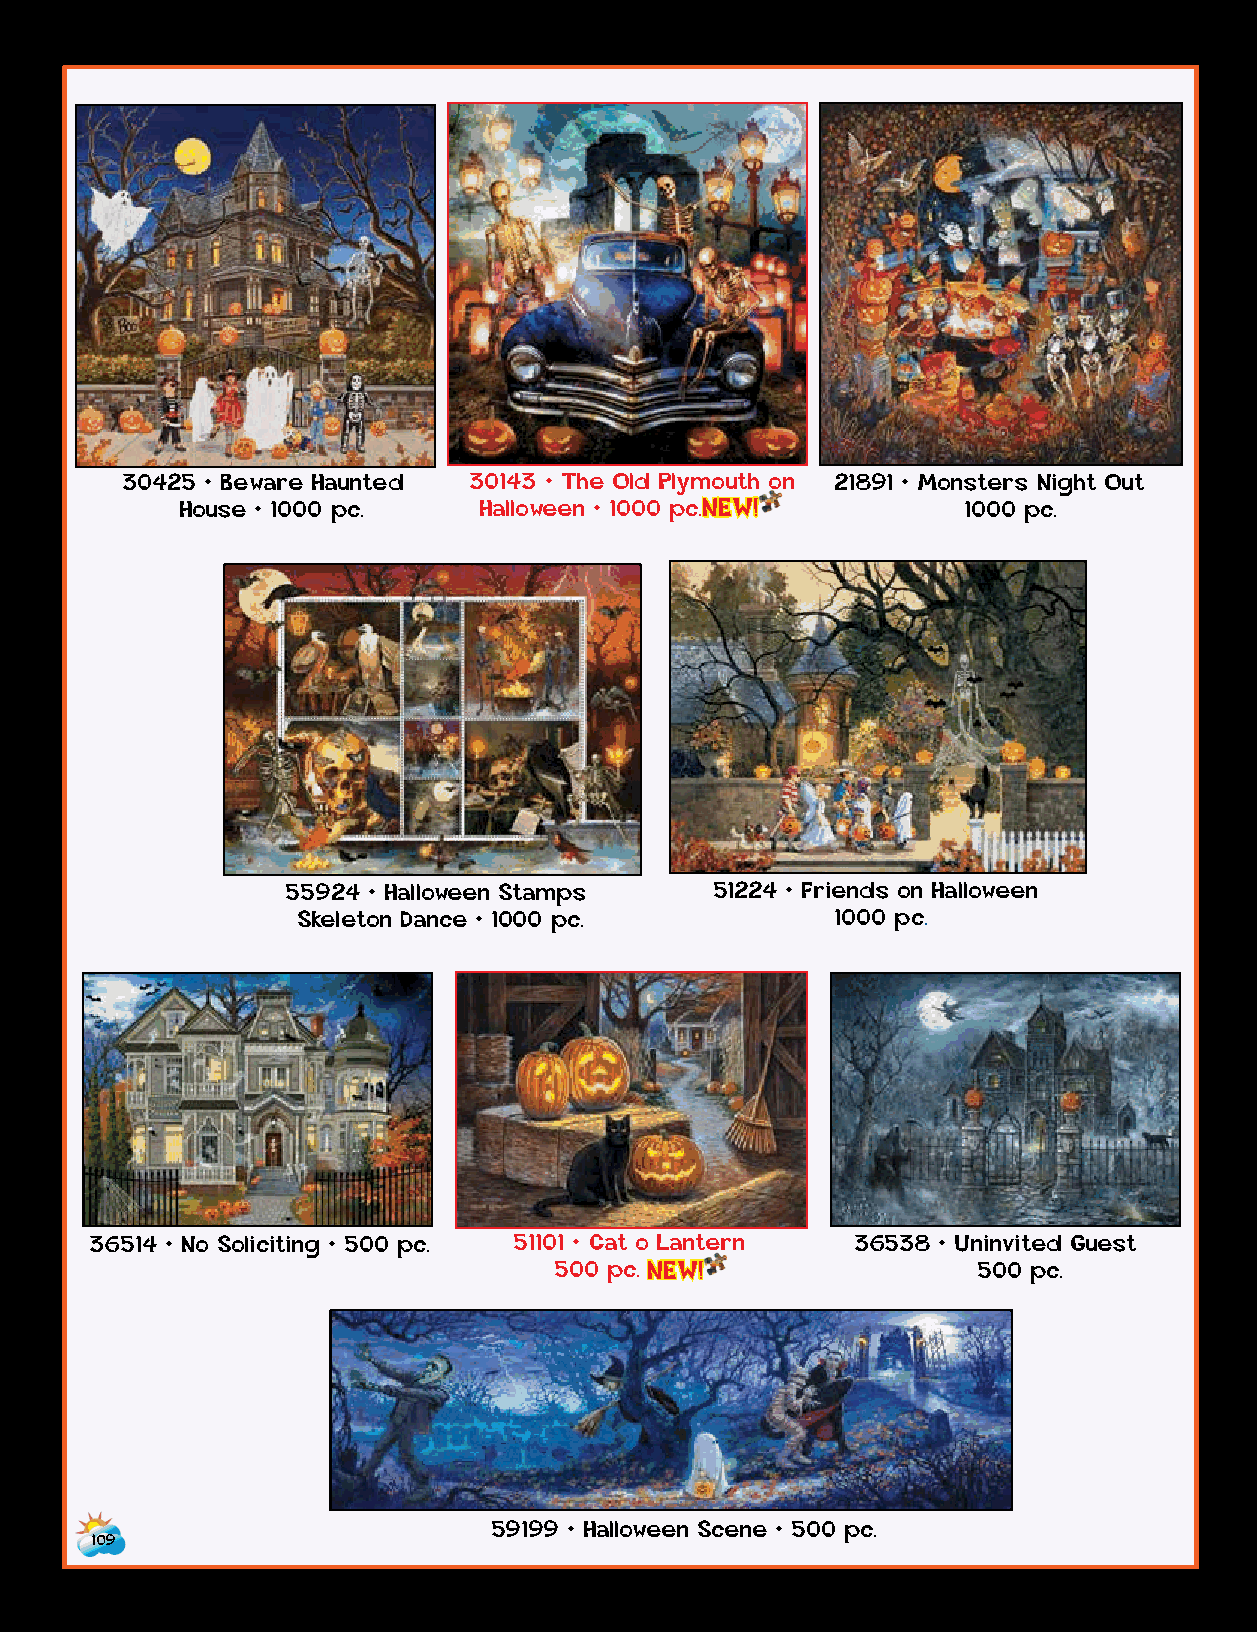
30425 • Beware Haunted 30143 • The Old Plymouth on 21891 • Monsters Night Out
 House • 1000 pc.    Halloween • 1000 p c .NEW!      1000 pc.
 55924 • Halloween Stamps    51224 • Friends on Halloween
 Skeleton Dance • 1000 pc.          1000 pc.
 36514 • No Soliciting • 500 pc. 51101 • Cat o Lantern 36538 • Uninvited Guest
 500 p c . NEW!              500 pc.
 59199 • Halloween Scene • 500 pc.
 109